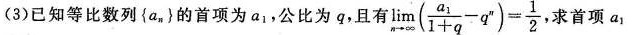
(3已知等比数列{a_{n})的首项为a_{1}公比为q，且有 $$\lim _ {n \rightarrow \infty } ( \frac { a _ { 1 } } { 1 + q } - q ^ { n } ) = \frac { 1 } { 2 }$$ 求首项a_{1}